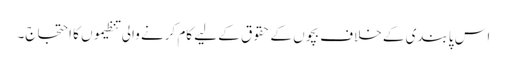
اس پابندی کے خلاف بچوں کے حقوق کے لیے کام کرنے والی تنظیموں کا احتجاج۔